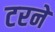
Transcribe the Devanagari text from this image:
टरने